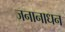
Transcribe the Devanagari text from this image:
जनानाधन